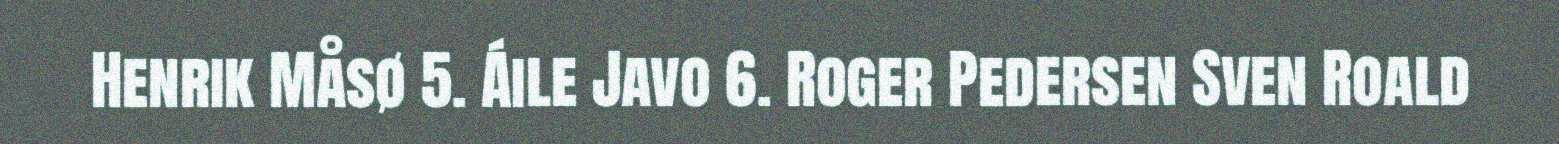
Henrik Måsø 5. Áile Javo 6. Roger Pedersen Sven Roald